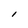
Character: l